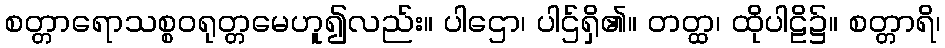
စတ္တာရောသစ္စဝရုတ္တမေဟူ၍လည်း။ ပါဌော၊ ပါဌ်ရှိ၏။ တတ္ထ၊ ထိုပါဠိ၌။ စတ္တာရိ၊